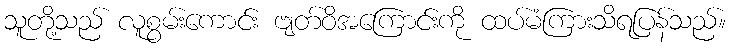
သူတို့သည် လူစွမ်းကောင်း ဗျတ်ဝိအကြောင်းကို ထပ်မံကြားသိရပြန်သည်။